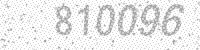
Solution: 810096